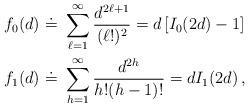
LaTeX: \begin{align*}f_0(d) &~\dot =~ \sum_{\ell=1}^{\infty} \frac{d^{2\ell +1}}{(\ell!)^2} = d \left[ I_0(2d) -1 \right]\\f_1(d) &~\dot =~ \sum_{h=1}^{\infty}\frac{d^{2h}}{h! (h-1)!} = d I_1(2d) \,,\end{align*}